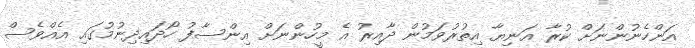
އަންހެނުންނަށް ކުރާ އަނިޔާ އިތުރުވަމުން ދާއިރު އެ މީހުންނަށް އިންސާފު ހޯދައިދިނުމުގައި އެއްވެސް